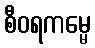
စီဝရကမ္မေ